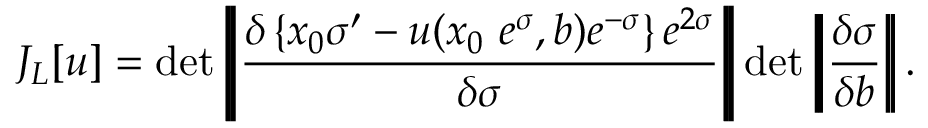
J _ { L } [ u ] = \operatorname * { d e t } \left| \! \left| \frac { \delta \left\{ x _ { 0 } \sigma ^ { \prime } - u ( x _ { 0 } ~ e ^ { \sigma } , b ) e ^ { - \sigma } \right\} e ^ { 2 \sigma } } { \delta \sigma } \right| \! \right| \operatorname * { d e t } \left| \! \left| \frac { \delta \sigma } { \delta b } \right| \! \right| .